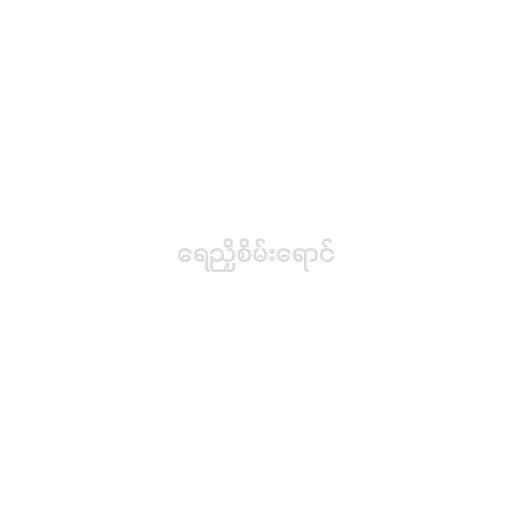
ရေညှိစိမ်းရောင်